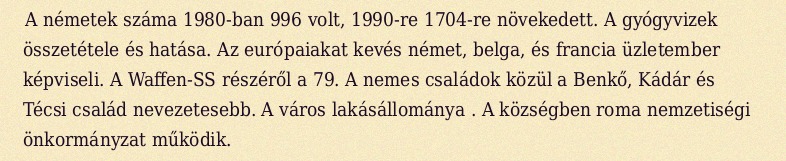
A németek száma 1980-ban 996 volt, 1990-re 1704-re növekedett. A gyógyvizek összetétele és hatása. Az európaiakat kevés német, belga, és francia üzletember képviseli. A Waffen-SS részéről a 79. A nemes családok közül a Benkő, Kádár és Técsi család nevezetesebb. A város lakásállománya . A községben roma nemzetiségi önkormányzat működik.